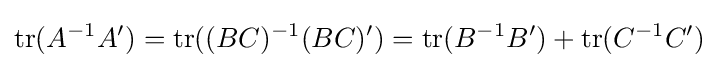
\mathrm {tr} (A^{-1}A')=\mathrm {tr} ((BC)^{-1}(BC)')=\mathrm {tr} (B^{-1}B')+\mathrm {tr} (C^{-1}C')